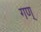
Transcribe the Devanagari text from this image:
गण्